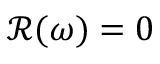
\mathcal { R } ( \omega ) = 0